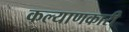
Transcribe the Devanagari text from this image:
कल्‍याणकारी